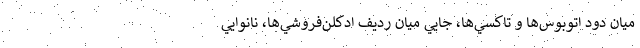
ميان دود اتوبوس‌ها و تاكسي‌ها، جايي ميان رديف ادكلن‌فروشي‌ها، نانوايي